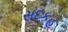
સદકહ